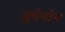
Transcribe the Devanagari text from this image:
जुवेनोन